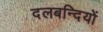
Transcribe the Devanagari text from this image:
दलबन्दियों